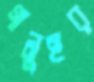
গানুহর